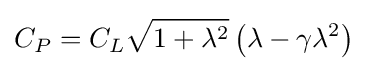
C_{P}=C_{L}{\sqrt {1+\lambda ^{2}}}\left(\lambda -\gamma \lambda ^{2}\right)